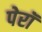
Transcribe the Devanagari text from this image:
पेरॉ